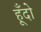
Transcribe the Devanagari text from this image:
हूँदो